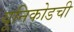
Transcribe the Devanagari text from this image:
यूनिकोडची